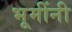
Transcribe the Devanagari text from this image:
भूमींनी